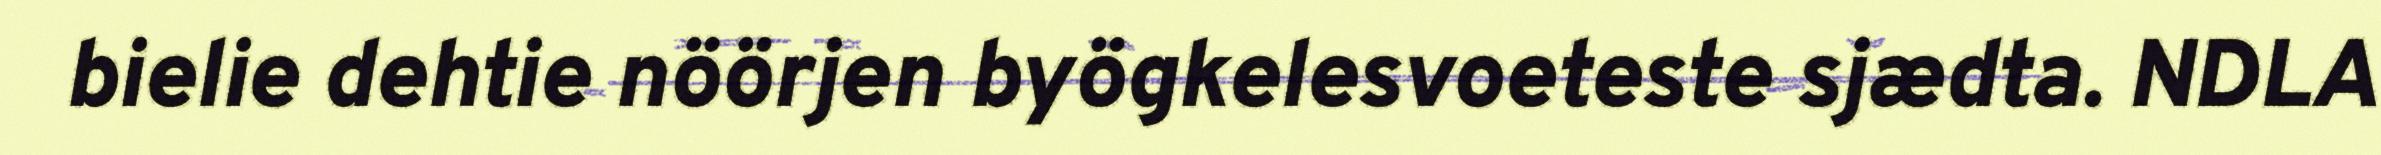
bielie dehtie nöörjen byögkelesvoeteste sjædta. NDLA